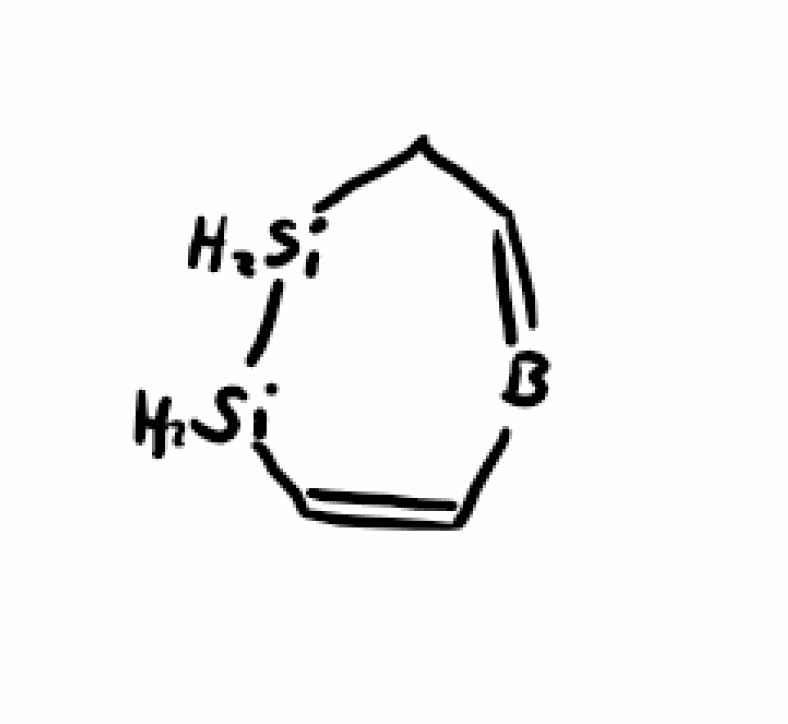
Simplified molecular-input line-entry system (SMILES) notation of the given molecule:
B1=CC[SiH2][SiH2]C=C1